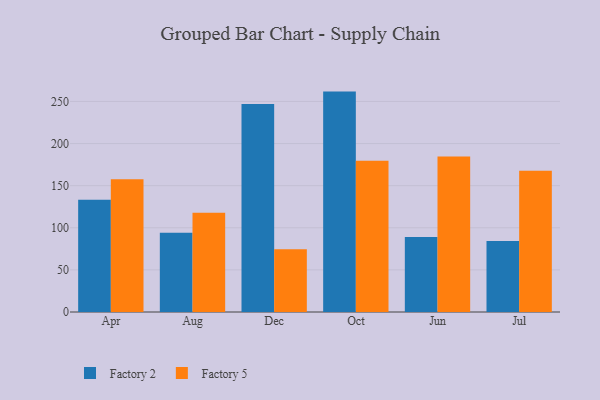
{"axis": {"x": "Month", "y": "Tickets Resolved"}, "legend": ["Factory 2", "Factory 5"], "data": [{"x": "Apr", "y": 133.4, "type": "Factory 2"}, {"x": "Apr", "y": 157.6, "type": "Factory 5"}, {"x": "Aug", "y": 94.1, "type": "Factory 2"}, {"x": "Aug", "y": 117.7, "type": "Factory 5"}, {"x": "Dec", "y": 246.9, "type": "Factory 2"}, {"x": "Dec", "y": 74.5, "type": "Factory 5"}, {"x": "Oct", "y": 261.7, "type": "Factory 2"}, {"x": "Oct", "y": 179.6, "type": "Factory 5"}, {"x": "Jun", "y": 89.0, "type": "Factory 2"}, {"x": "Jun", "y": 184.6, "type": "Factory 5"}, {"x": "Jul", "y": 84.3, "type": "Factory 2"}, {"x": "Jul", "y": 167.7, "type": "Factory 5"}]}